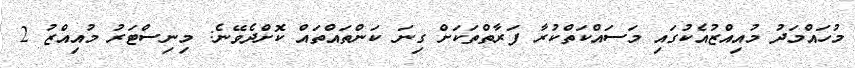
މުހައްމަދު މުއިއްޒުއެކުގައި މަސައްކަތްކުރާ ފަރާތްތަކަށް ގިނަ ކަންތައްތައް ކޮށްދެވޭނެ: މިނިސްޓަރު މުއިއްޒު 2